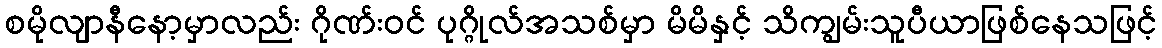
စမိုလျာနီနော့မှာလည်း ဂိုဏ်းဝင် ပုဂ္ဂိုလ်အသစ်မှာ မိမိနှင့် သိကျွမ်းသူပီယာဖြစ်နေသဖြင့်